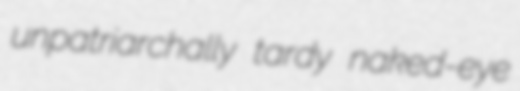
unpatriarchally tardy naked-eye